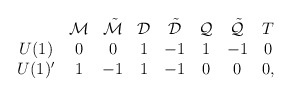
\begin{align*}\begin{array}{cccccccc} & {\cal M} & \tilde{\cal M} & {\cal D} & \tilde{\cal D} & {\cal Q} & \tilde{\cal Q} & T \\U(1) & 0 & 0 & 1 & -1 & 1 & -1 & 0 \\U(1)' & 1 & -1 & 1 & -1 & 0 & 0 & 0 ,\end{array}\end{align*}